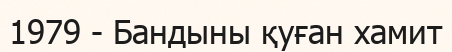
1979 - Бандыны қуған хамит